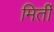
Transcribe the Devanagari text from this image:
मिर्ती